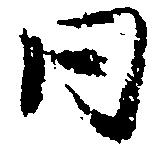
同